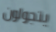
يتجولون